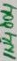
Text: 1N4004